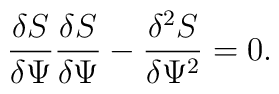
\frac{\delta S}{\delta \Psi}\frac{\delta S}{\delta \Psi} -\frac{\delta^2 S}{\delta \Psi^2} = 0.